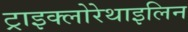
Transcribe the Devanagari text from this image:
ट्राइक्लोरेथाइलिन